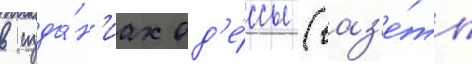
в изда́н'иах од'е́ссы (газ'е́ты